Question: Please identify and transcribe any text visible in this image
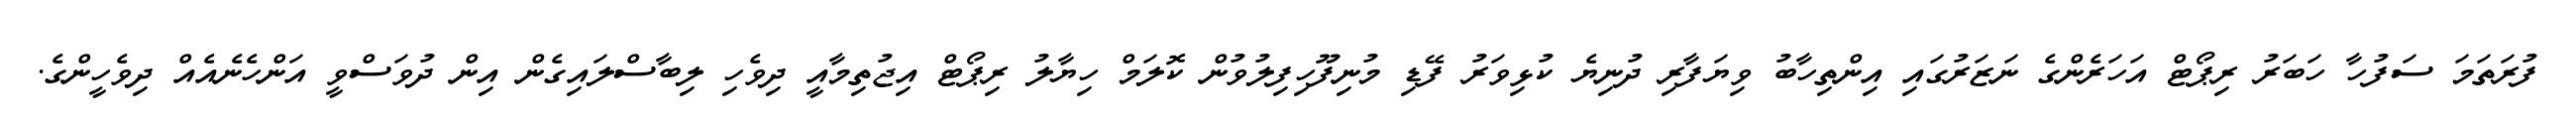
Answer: ފުރަތަމަ ސަފުހާ ހަބަރު ރިޕޯޓް އަހަރެންގެ ނަޒަރުގައި އިންތިހާބު ވިޔަފާރި ދުނިޔެ ކުޅިވަރު ފޭޑި މުނިފޫހިފިލުވުން ކޮލަމް ހިޔާލު ރިޕޯޓް އިޖުތިމާއީ ދިވެހި ލިބާސްލައިގެން އިން ދުވަސްވީ އަންހެނެއެއް ދިވެހީންގެ.